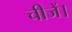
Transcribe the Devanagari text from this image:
चीजें।